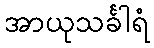
အာယုသင်္ခါရံ